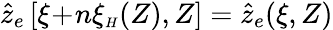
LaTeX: \hat{z}_{e}\left[\xi\! +\! n\xi_{{\scriptscriptstyle H}}(Z),Z\right]=\hat{z}_{e}(\xi,Z)